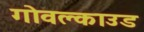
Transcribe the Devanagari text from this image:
गोवक्लाउड